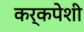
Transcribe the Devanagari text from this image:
कर्कपेशी